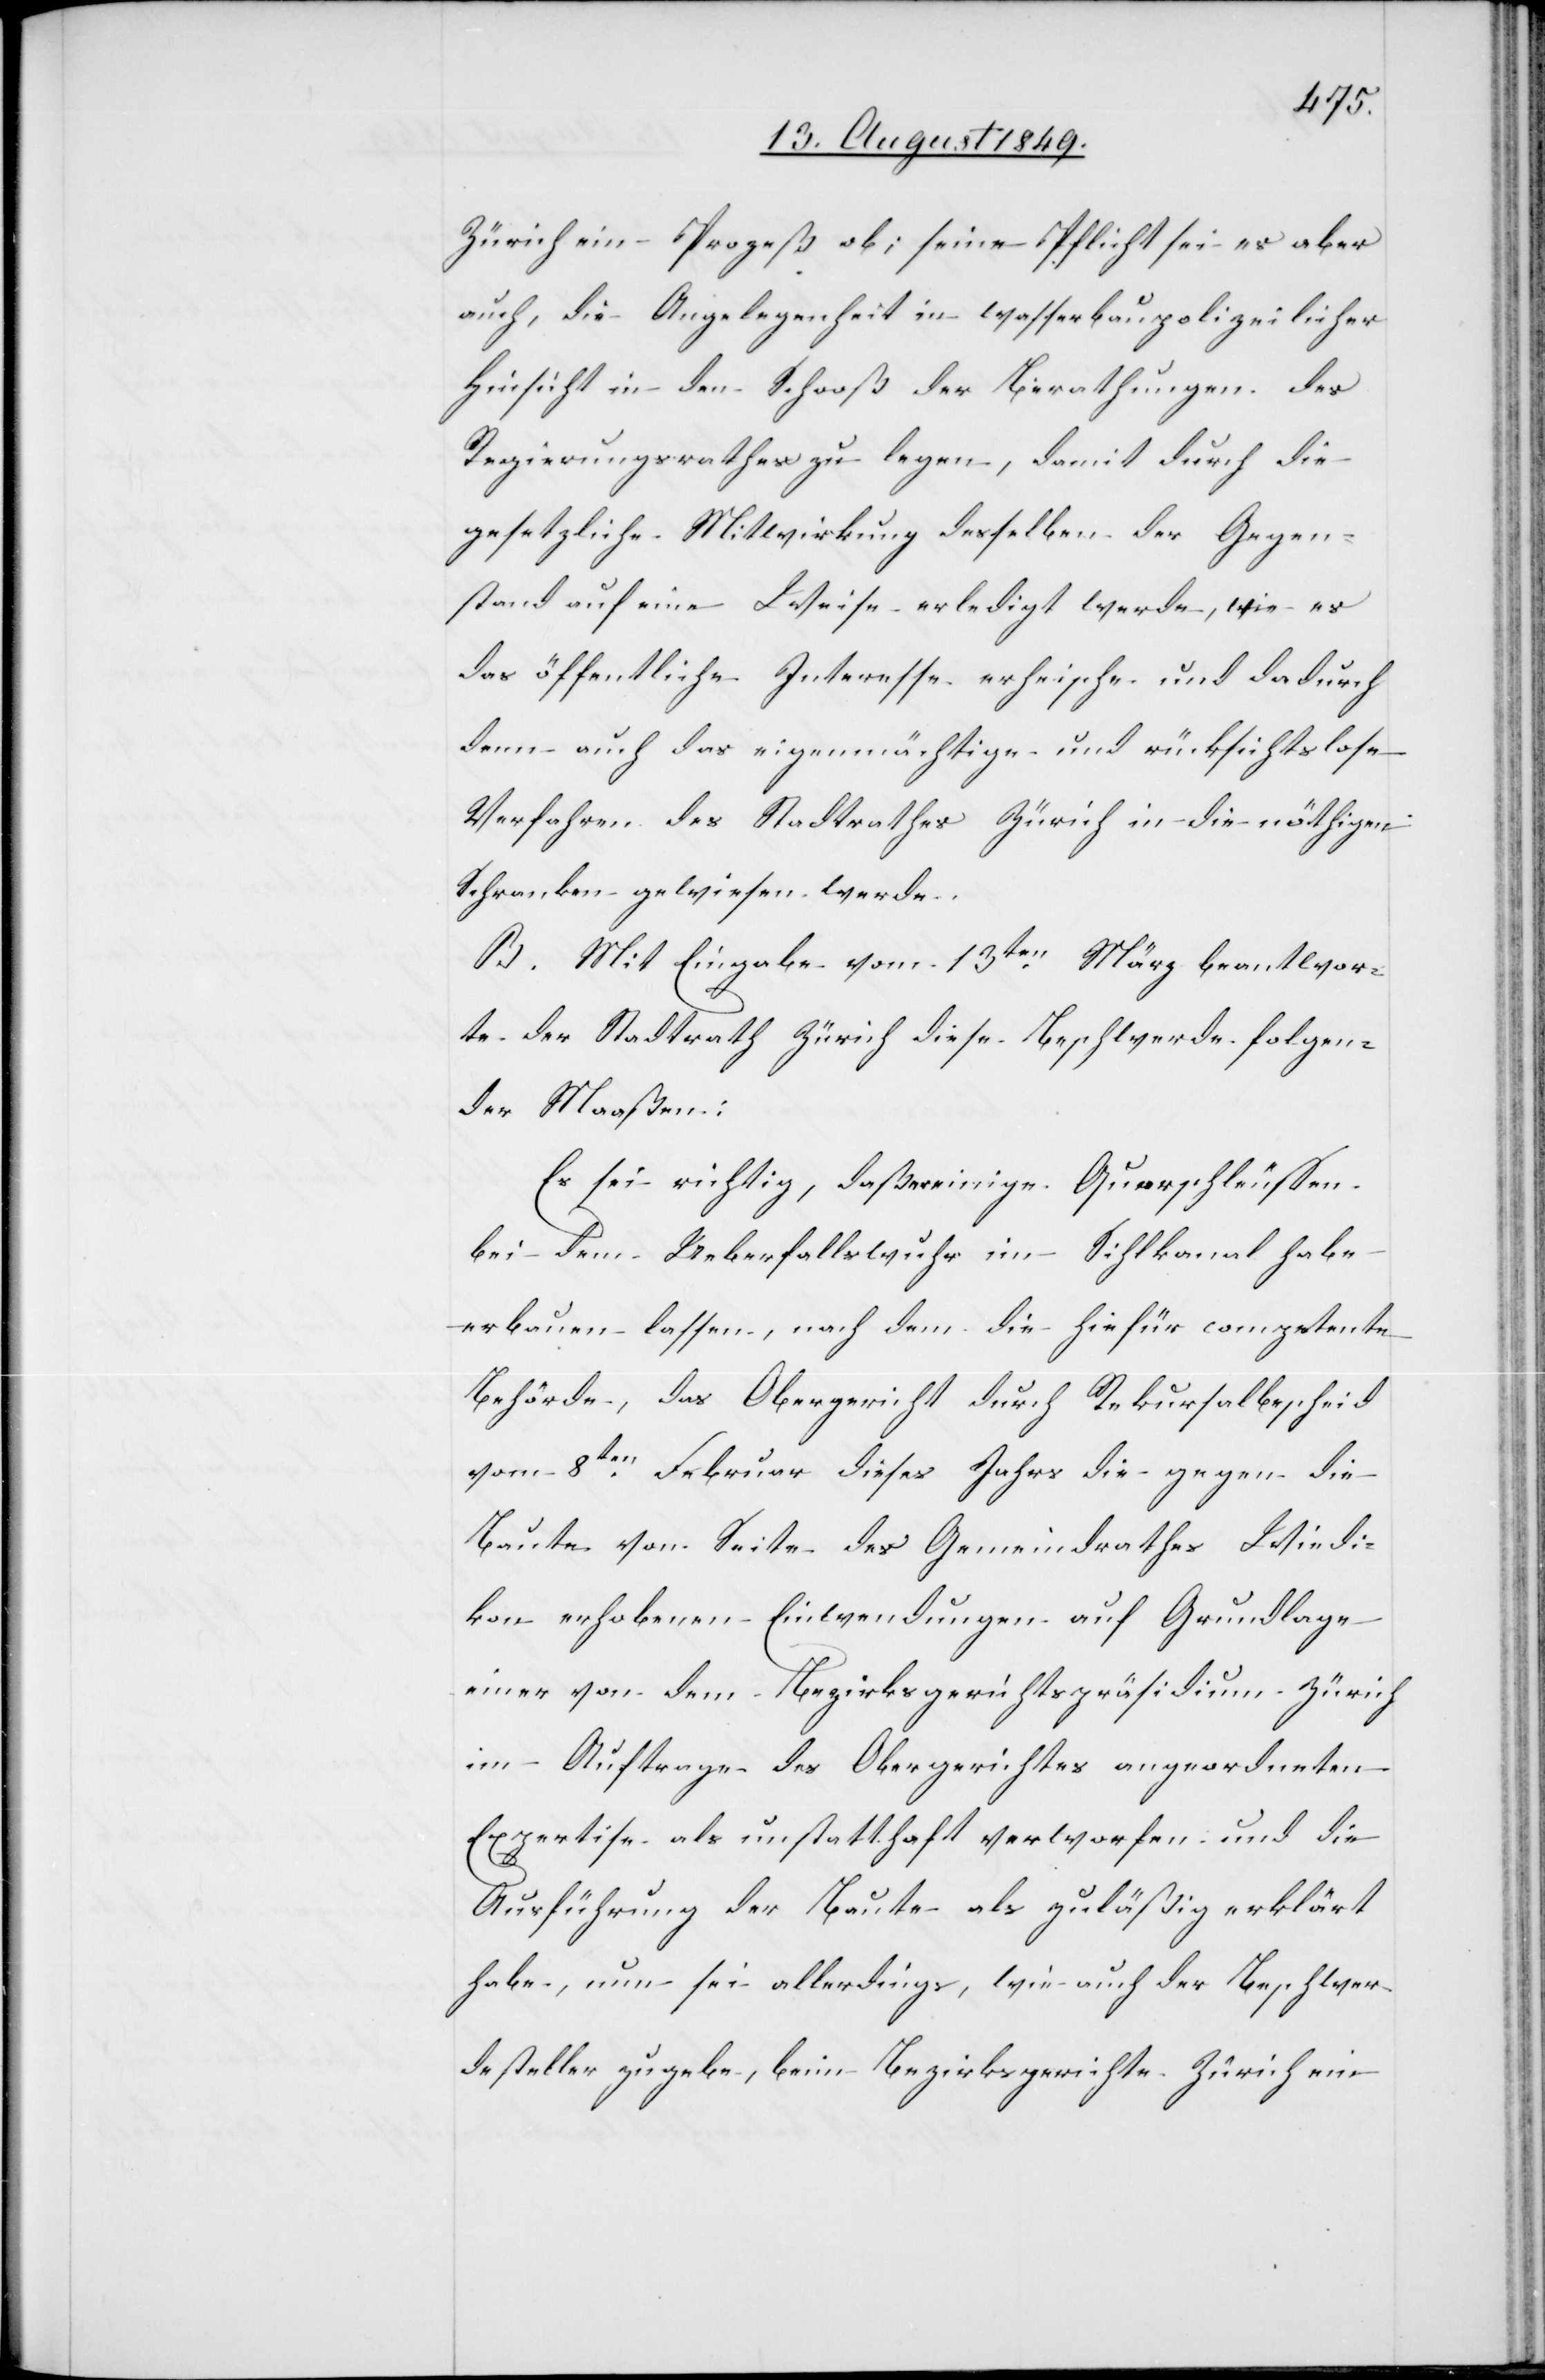
Zürich ein Prozeß ob; seine Pflicht sei es aber
auch, die Angelegenheit in wasserbaupolizeilicher
Hinsicht in den Schooß der Berathungen des
Regierungsrathes zu legen, damit durch die
gesetzliche Mitwirkung desselben der Gegen¬
stand auf eine Weise erledigt werde, wie es
das öffentliche Interesse erheische und dadurch
denn auch das eigenmächtige und rücksichtslose
Verfahren des Stadtrathes Zürich in die nöthigen
Schranken gewiesen werde.
B. Mit Eingabe vom 13ten März beantwor¬
te der Stadtrath Zürich diese Beschwerde folgen¬
der Maaßen:
Es sei richtig, daß er einige Querschleussen
bei dem Ueberfallswuhr im Sihlkanal habe
erbauen lassen, nach dem die hiefür competente
Behörde, das Obergericht durch Rekursalbescheid
vom 8ten Februar dieses Jahrs die gegen die
Baute von Seite des Gemeindrathes Wiedi¬
kon erhobenen Einwendungen auf Grundlage
einer von dem Bezirksgerichtspräsidium Zürich
im Auftrage des Obergerichtes angeordneten
Expertise als unstatthaft verworfen und die
Ausführung der Baute als zuläßig erklärt
habe, nun sei allerdings, wie auch der Beschwer¬
desteller zugebe, beim Bezirksgerichte Zürich ein